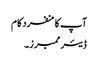
آپ کا منفرد کام
ڈیئر ممبرز۔